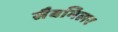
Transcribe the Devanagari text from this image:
सैबमिलर